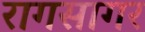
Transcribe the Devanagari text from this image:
रागसागर